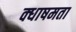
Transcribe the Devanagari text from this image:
क्धाषमता